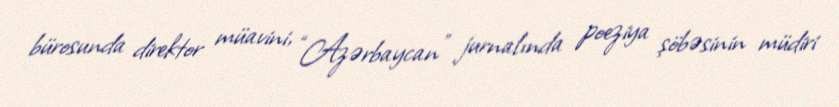
bürosunda direktor müavini, “Azərbaycan” jurnalında poeziya şöbəsinin müdiri